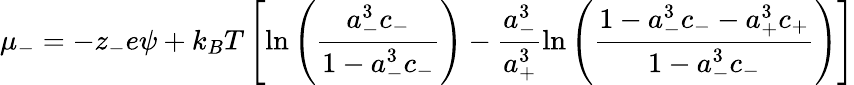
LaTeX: \mu_{-}=-z_{-}e\psi+k_{B}T\left[\ln\left({\frac{a_{-}^{3}c_{-}}{1-a_{-}^{3}c_{-}}}\right)-\frac{a_{-}^{3}}{a_{+}^{3}}\ln\left({\frac{1-a_{-}^{3}c_{-}-a_{+}^{3}c_{+}}{1-a_{-}^{3}c_{-}}}\right)\right]